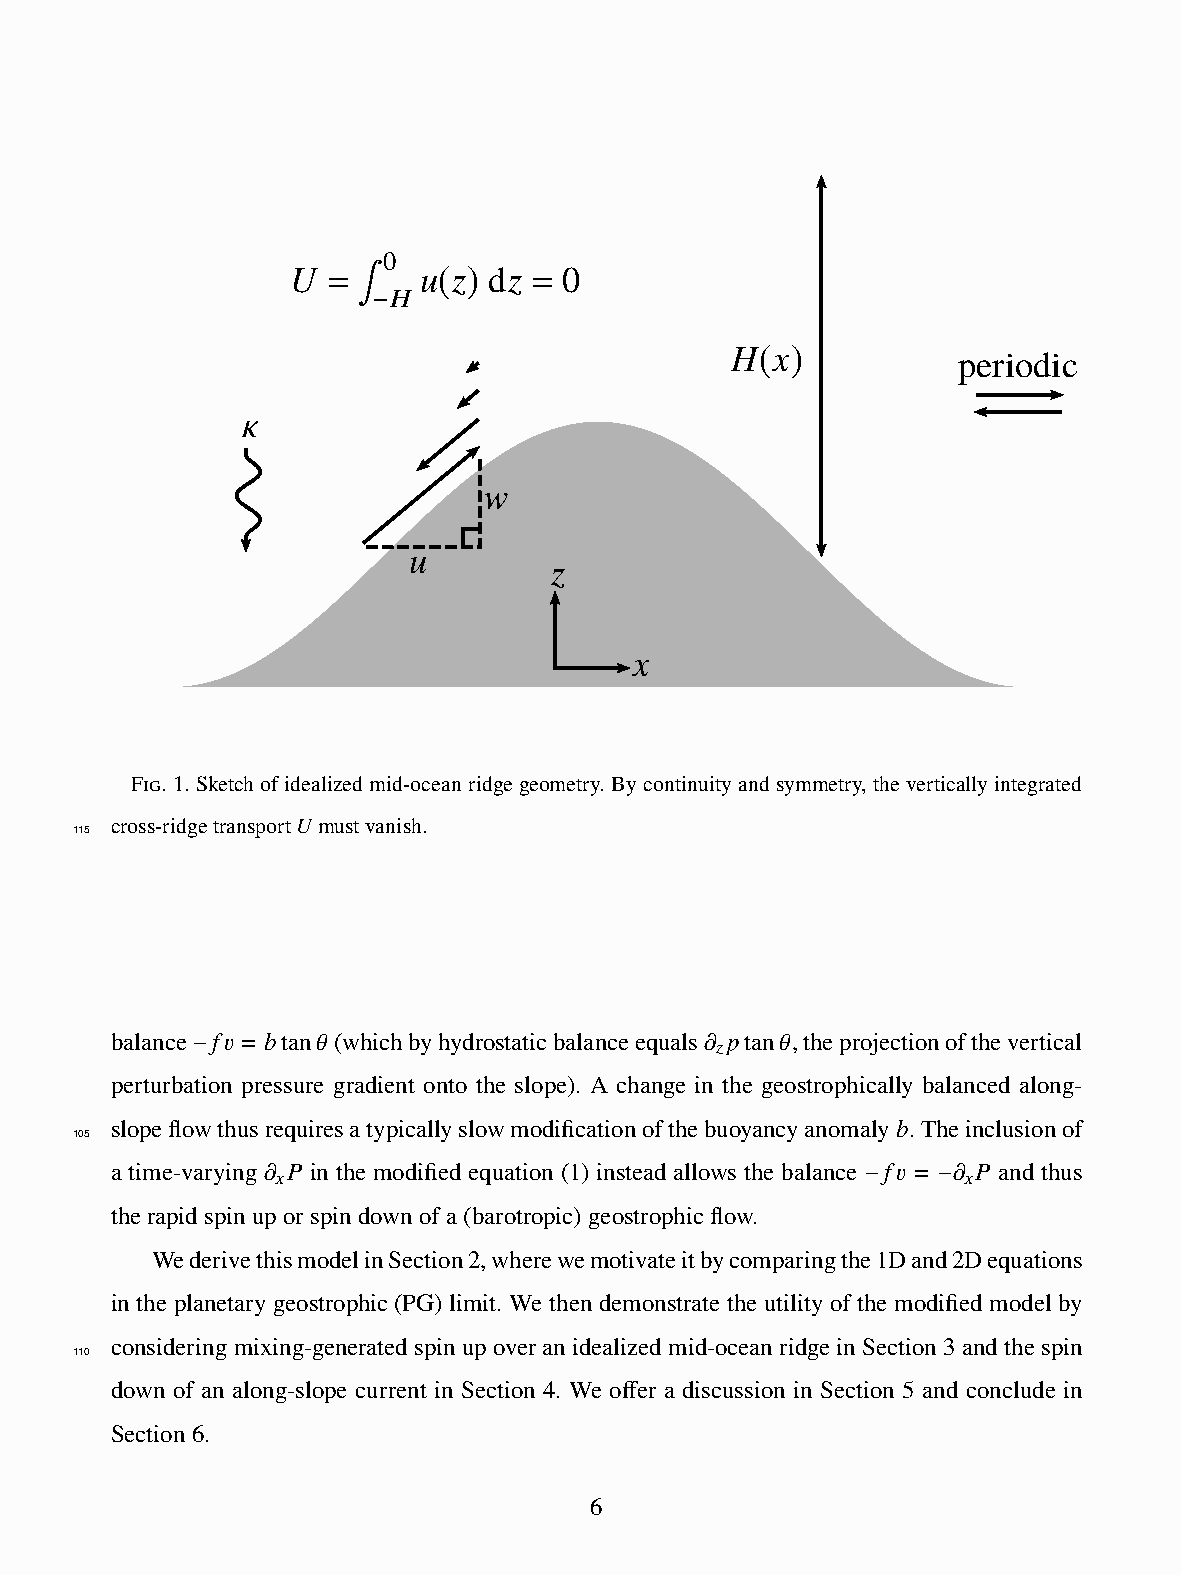
0
 U  =     u z dz = 0
 H  ( )
 −
 ∫
 H  x           periodic
 ( )
 κ
 w
 u
 z
 x
 Fig. 1. Sketch of idealized mid-ocean ridge geometry. By continuity and symmetry, the vertically integrated
 cross-ridgetransport𝑈 mustvanish. 1
 115
 balance 𝑓𝑣 = 𝑏tan𝜃 (whichbyhydrostaticbalanceequals𝜕 𝑝tan𝜃,theprojectionofthevertical
 𝑧
 −
 perturbation pressure gradient onto the slope). A change in the geostrophically balanced along-
 slopeflowthusrequiresatypicallyslowmodificationofthebuoyancyanomaly𝑏.Theinclusionof
 105
 a time-varying 𝜕 𝑃 in the modified equation (1) instead allows the balance 𝑓𝑣 = 𝜕 𝑃 and thus
 𝑥                                             𝑥
 −    −
 therapidspinuporspindownofa(barotropic)geostrophicflow.
 WederivethismodelinSection2,wherewemotivateitbycomparingthe1Dand2Dequations
 in the planetary geostrophic (PG) limit. We then demonstrate the utility of the modified model by
 consideringmixing-generatedspinupoveranidealizedmid-oceanridgeinSection3andthespin
 110
 down of an along-slope current in Section 4. We offer a discussion in Section 5 and conclude in
 Section6.
 6